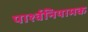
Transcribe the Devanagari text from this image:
पार्श्वनियामक